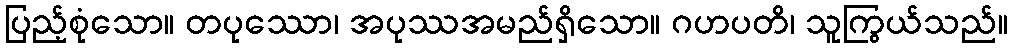
ပြည့်စုံသော။ တပုဿော၊ အပုဿအမည်ရှိသော။ ဂဟပတိ၊ သူကြွယ်သည်။